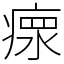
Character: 𤸄